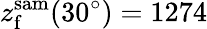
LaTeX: z_{\mathrm{f}}^{\mathrm{sam}}(30^{\circ})=1274